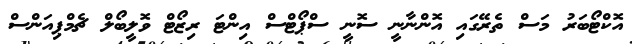
އޮކްޓޯބަރު މަސް ތެރޭގައި އޮންނާނީ ސޮނީ ސްޕޯޓްސް އިންޓަ ރިޒޯޓް ވޮލީބޯލް ޗެމްޕިއަންސް